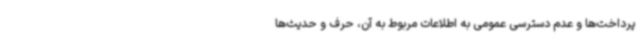
پرداخت‌ها و عدم دسترسی عمومی به اطلاعات مربوط به آن، حرف و حدیث‌ها